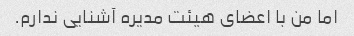
اما من با اعضای هیئت مدیره آشنایی ندارم.